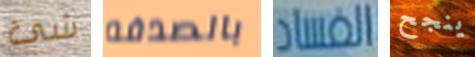
شئ بالصدفه الفساد ينجح